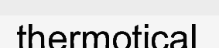
thermotical